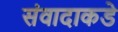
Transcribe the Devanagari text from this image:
संवादाकडे